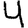
Digit: 4